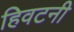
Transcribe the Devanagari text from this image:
हिवटनी